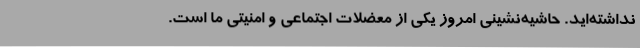
نداشته‌اید. حاشیه‌نشینی امروز یکی از معضلات اجتماعی و امنیتی ما است.